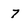
Character: 7